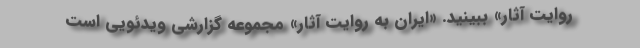
روایت آثار» ببینید. «ایران به روایت آثار» مجموعه‌ گزارشی ویدئویی است